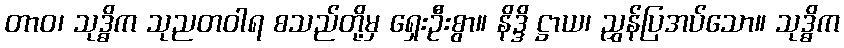
တာဝ၊ သုဒ္ဓိက သုညတဝါရ စသည်တို့မှ ရှေးဦးစွာ။ နိဒ္ဒိ ဋ္ဌာယ၊ ညွှန်ပြအပ်သော။ သုဒ္ဓိက